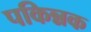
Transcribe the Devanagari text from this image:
पकिन्नक